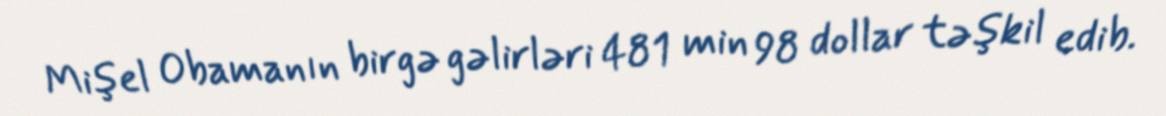
Mişel Obamanın birgə gəlirləri 481 min 98 dollar təşkil edib.